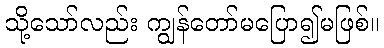
သို့သော်လည်း ကျွန်တော်မပြော၍မဖြစ်။